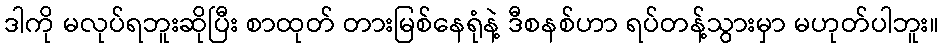
ဒါကို မလုပ်ရဘူးဆိုပြီး စာထုတ် တားမြစ်နေရုံနဲ့ ဒီစနစ်ဟာ ရပ်တန့်သွားမှာ မဟုတ်ပါဘူး။